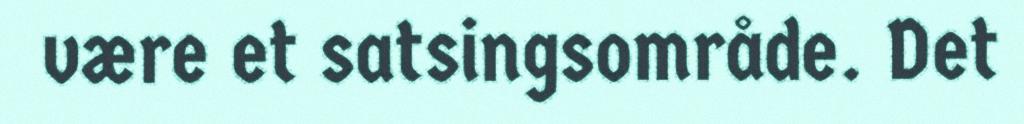
være et satsingsområde. Det